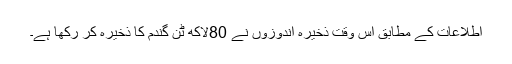
اطلاعات کے مطابق اس وقت ذخیرہ اندوزوں نے 80لاکھ ٹن گندم کا ذخیرہ کر رکھا ہے۔